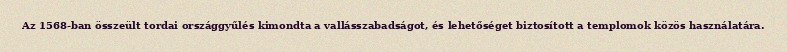
Az 1568-ban összeült tordai országgyűlés kimondta a vallásszabadságot, és lehetőséget biztosított a templomok közös használatára.